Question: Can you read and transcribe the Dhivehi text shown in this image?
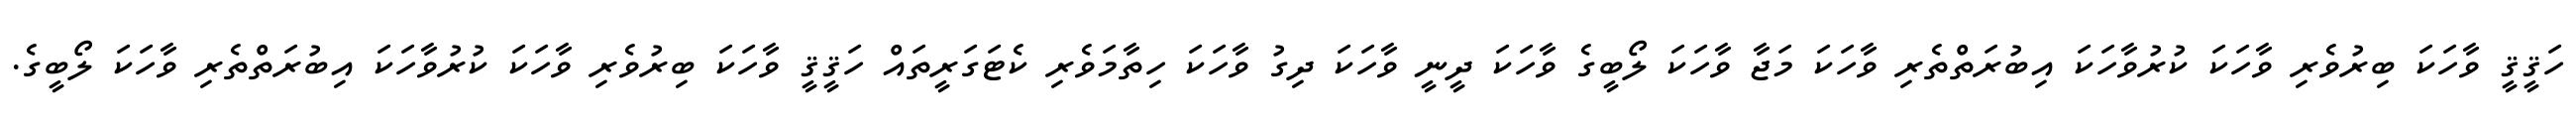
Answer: ހަޤީޤީ ވާހަކަ ބިރުވެރި ވާހަކަ ކުރުވާހަކަ އިބުރަތްތެރި ވާހަކަ މަޖާ ވާހަކަ ލޯބީގެ ވާހަކަ ދީނީ ވާހަކަ ދިގު ވާހަކަ ހިތާމަވެރި ކެޓަގަރީތައް ހަޤީޤީ ވާހަކަ ބިރުވެރި ވާހަކަ ކުރުވާހަކަ އިބުރަތްތެރި ވާހަކަ ލޯބީގެ.